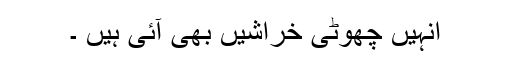
انہیں چھوٹی خراشیں بھی آئی ہیں ۔